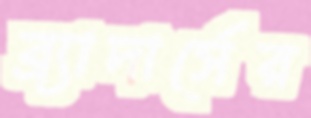
ব্র্যাদার্সের